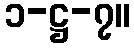
၁-ဋ္ဌ-၇။